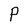
Character: P